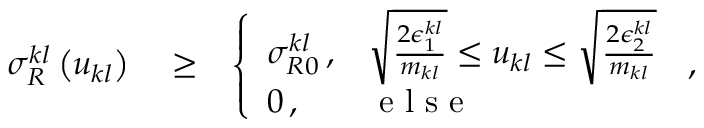
\begin{array} { r l r } { \sigma _ { R } ^ { k l } \left( u _ { k l } \right) } & { { } \ge } & { \left\{ \begin{array} { l l } { \sigma _ { R 0 } ^ { k l } \, , } & { \sqrt { \frac { 2 \epsilon _ { 1 } ^ { k l } } { m _ { k l } } } \le u _ { k l } \le \sqrt { \frac { 2 \epsilon _ { 2 } ^ { k l } } { m _ { k l } } } } \\ { 0 \, , } & { \mathrm { ~ e ~ l ~ s ~ e ~ } } \end{array} \right. \, , } \end{array}